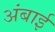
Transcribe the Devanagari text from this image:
अंबाई